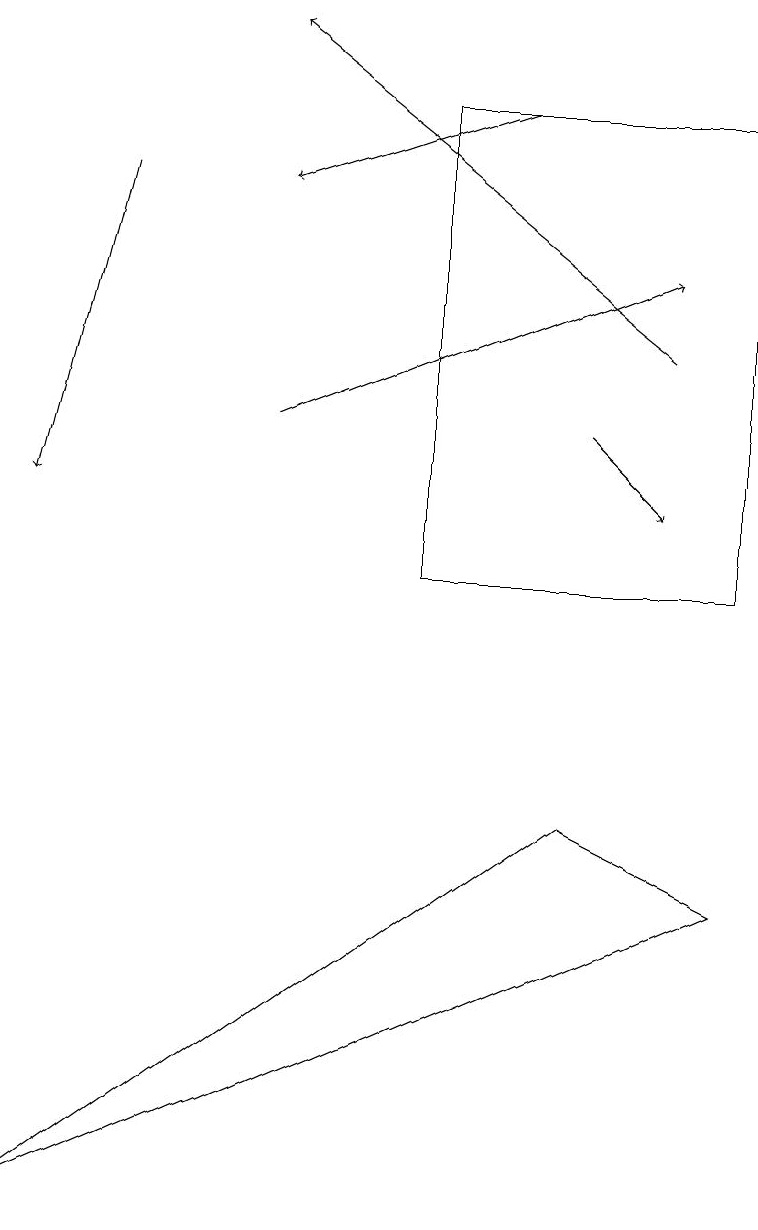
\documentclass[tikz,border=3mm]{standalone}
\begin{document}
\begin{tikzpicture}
\draw (0,3) -- (9,7) -- (7,8) -- cycle;
\draw[->] (8,14) -- (3,18);
\draw (9,17) rectangle (5,11);
\draw[->] (6,17) -- (3,16);
\draw[->] (1,16) -- (0,12);
\draw[->] (7,13) -- (8,12);
\draw[->] (3,13) -- (8,15);
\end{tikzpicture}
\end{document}